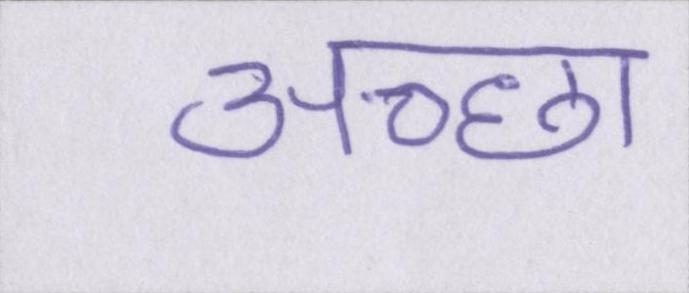
अच्छा